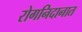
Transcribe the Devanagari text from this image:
रोगनिदानात